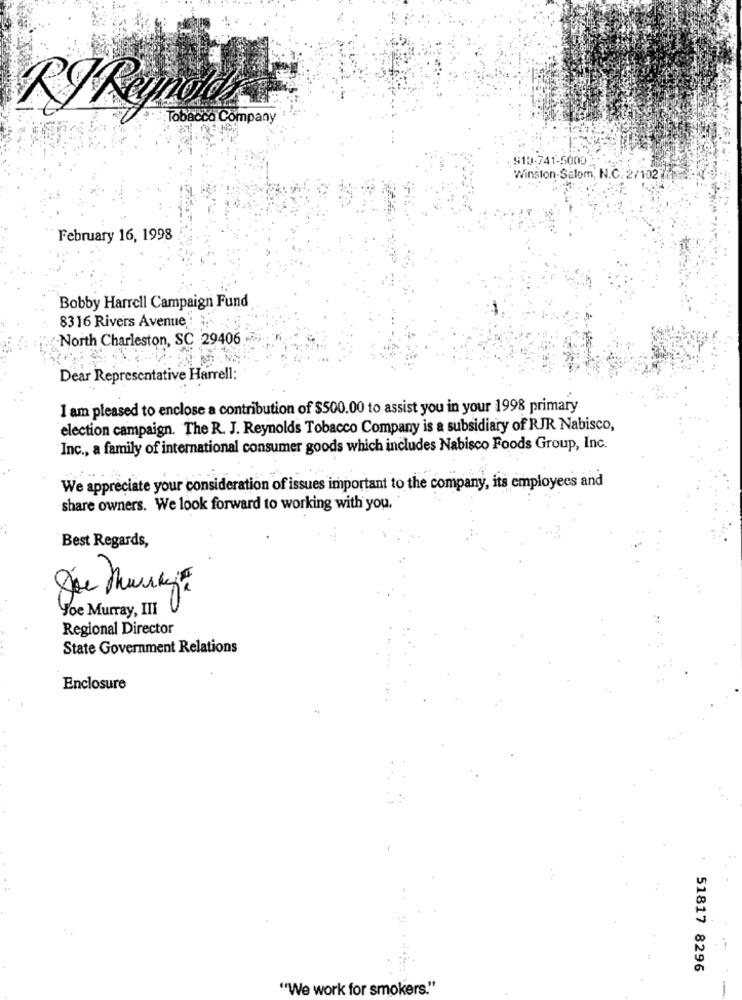
Tobacco Company
910-741-5000 :
Winston-Salem, N.C. 2/102
February 16, 1998
Bobby Harrell Campaign Fund
8316 Rivers Avenue :
North Charleston, SC 29406
Dear Representative Harrell:
I am pleased to enclose a contribution of $500.00 to assist you in your 1998 primary
election campaign. The R. J. Reynolds Tobacco Company is a subsidiary of RJR Nabisco,
Inc ., a family of international consumer goods which includes Nabisco Foods Group, Inc.
We appreciate your consideration of issues important to the company, its employees and
share owners. We look forward to working with you.
. .
Best Regards,
Yoe Murray, III
Regional Director
State Government Relations
Enclosure
51817 8296
"We work for smokers."